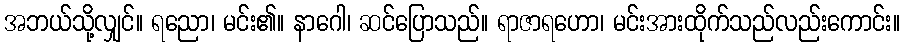
အဘယ်သို့လျှင်။ ရညော၊ မင်း၏။ နာဂေါ၊ ဆင်ပြောသည်။ ရာဇာရဟော၊ မင်းအားထိုက်သည်လည်းကောင်း။